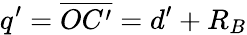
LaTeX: q^{\prime}=\overline{{OC^{\prime}}}=d^{\prime}+R_{B}